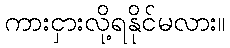
ကားငှားလို့ရနိုင်မလား။